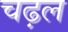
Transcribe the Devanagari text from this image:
चढ़ल